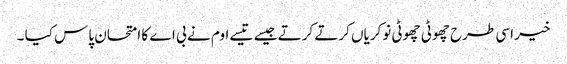
خیر اسی طرح چھوٹی چھوٹی نوکریاں کرتے کرتے جیسے تیسے اوم نے بی اے کا امتحان پاس کیا ۔